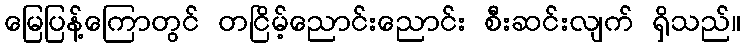
မြေပြန့်ကြောတွင် တငြိမ့်ညောင်းညောင်း စီးဆင်းလျက် ရှိသည်။